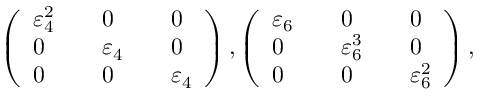
\left( \begin{array} { l l l l l } { \varepsilon _ { 4 } ^ { 2 } } & & { 0 } & & { 0 } \\ { 0 } & & { \varepsilon _ { 4 } } & & { 0 } \\ { 0 } & & { 0 } & & { \varepsilon _ { 4 } } \end{array} \right) , \left( \begin{array} { l l l l l } { \varepsilon _ { 6 } } & & { 0 } & & { 0 } \\ { 0 } & & { \varepsilon _ { 6 } ^ { 3 } } & & { 0 } \\ { 0 } & & { 0 } & & { \varepsilon _ { 6 } ^ { 2 } } \end{array} \right) ,